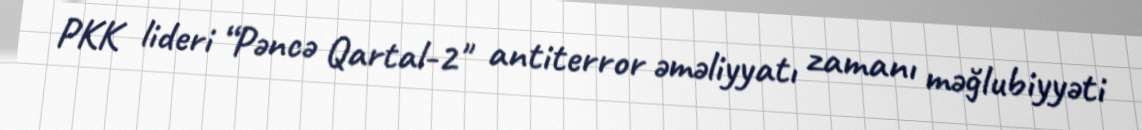
PKK lideri “Pəncə Qartal-2" antiterror əməliyyatı zamanı məğlubiyyəti